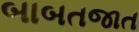
બાબતજાત